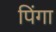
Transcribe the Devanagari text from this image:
पिंगा